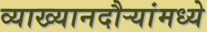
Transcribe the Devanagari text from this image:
व्याख्यानदौर्‍यांमध्ये